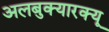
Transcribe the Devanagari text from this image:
अलबुक्यारक्यू